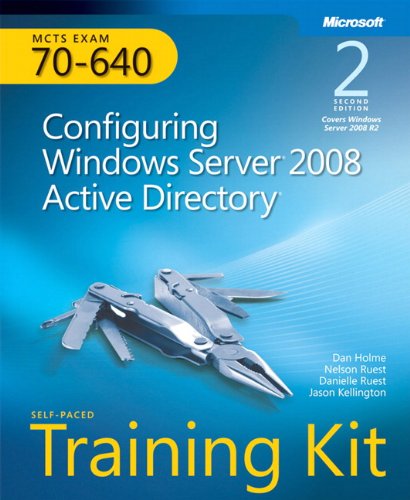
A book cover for Self-Paced Training Kit (Exam 70-640) Configuring Windows Server 2008 Active Directory (MCTS) (2nd Edition) (Microsoft Press Training Kit); Dan Holme; Computers & Technology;